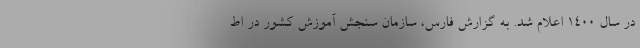
در سال ۱۴۰۰ اعلام شد. به گزارش فارس، سازمان سنجش آموزش کشور در اط